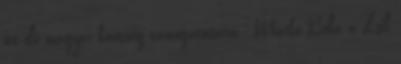
itt élő magyar közösség támogatására. Markó Béla a Zsil